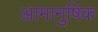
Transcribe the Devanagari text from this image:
आमानुषिक